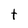
Character: t